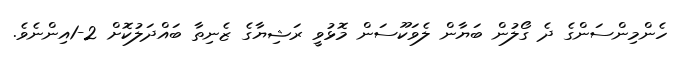
ހެންމިންސަންގެ ދެ ގޯލުން ބަޔާން ލެވަކޫސަން މޮޅުވީ ރަޝިޔާގެ ޒެނިތާ ބައްދަލުކޮށް 2-1އިންނެވެ.